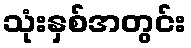
သုံးနှစ်အတွင်း